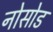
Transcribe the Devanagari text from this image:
नोसोड